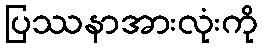
ပြဿနာအားလုံးကို